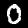
Digit: 0